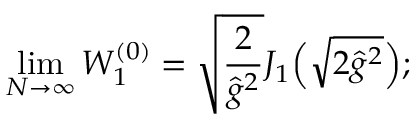
\operatorname * { l i m } _ { N \to \infty } { \cal W } _ { 1 } ^ { ( 0 ) } = \sqrt { \frac 2 { \hat { g } ^ { 2 } \AA } } J _ { 1 } \Bigl ( \sqrt { 2 \hat { g } ^ { 2 } \AA } \Bigr ) ;